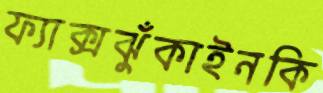
ফ্যাক্সঝুঁকাইনকি